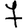
Digit: 7